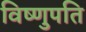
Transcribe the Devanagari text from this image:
विष्णुपति